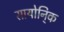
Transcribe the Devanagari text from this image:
सायोनि्क